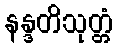
နန္ဒတိသုတ္တံ